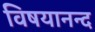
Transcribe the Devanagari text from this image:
विषयानन्द